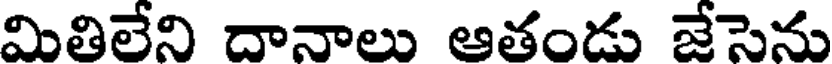
మితిలేని దానాలు ఆతండు జేసెను